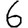
Digit: 6